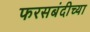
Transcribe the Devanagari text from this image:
फरसबंदीच्या